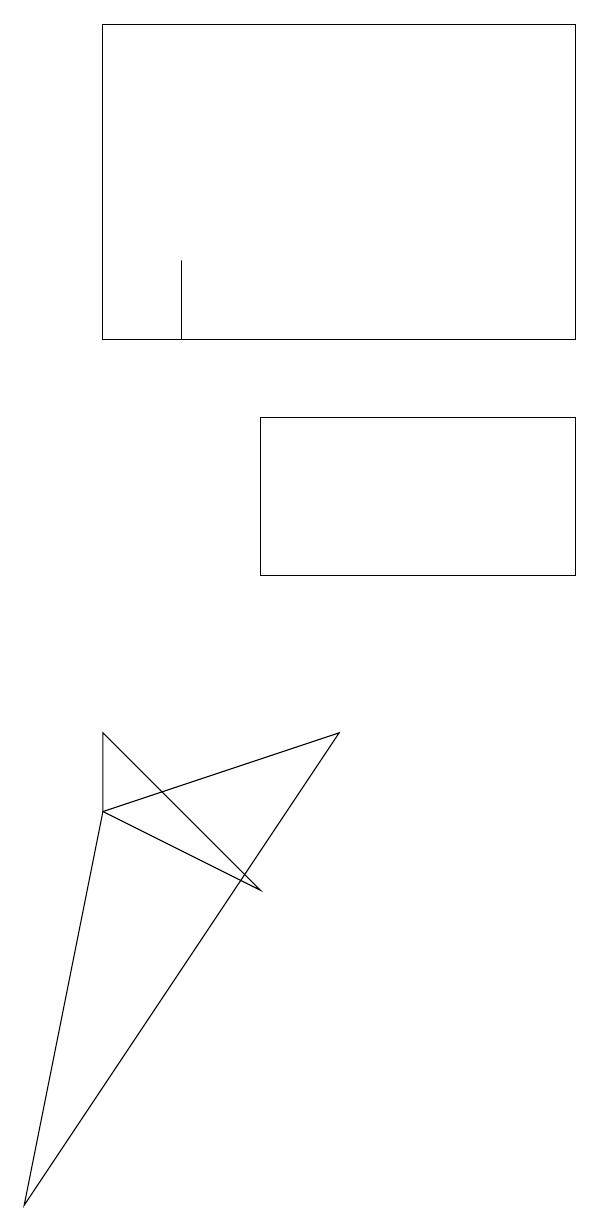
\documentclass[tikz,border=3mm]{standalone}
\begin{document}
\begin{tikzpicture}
\draw (2,15) rectangle (2,14);
\draw (7,18) rectangle (1,14);
\draw (3,7) -- (1,8) -- (1,9) -- cycle;
\draw (4,9) -- (0,3) -- (1,8) -- cycle;
\draw (7,13) rectangle (3,11);
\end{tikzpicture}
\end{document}